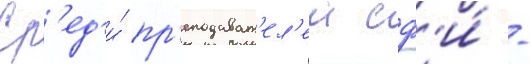
Ср'ед'и́ пр'еподават'ел'еи сф'и́ -